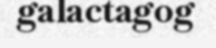
galactagog